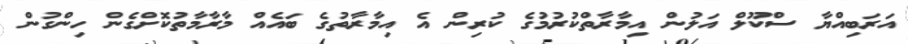
އަރަބިއްޔާ ސްކޫލް އަލުން އިމާރާތްކުރުމުގެ ކުރިން އެ އިމާރާތުގެ ބައެއް މާރާމާތުކޮށްގެން ހިންގުން